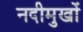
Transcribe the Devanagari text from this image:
नदीमुखों